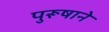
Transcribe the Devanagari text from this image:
पुरूषाने